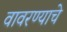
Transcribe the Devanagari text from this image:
वावरण्याचे